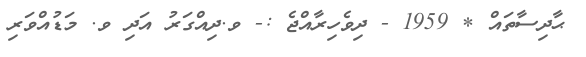
ޙާދިސާތައް * 1959 - ދިވެހިރާއްޖެ :- ވ.ދިއްގަރު އަދި ވ. މަޑުއްވަރި